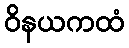
ဝိနယကထံ